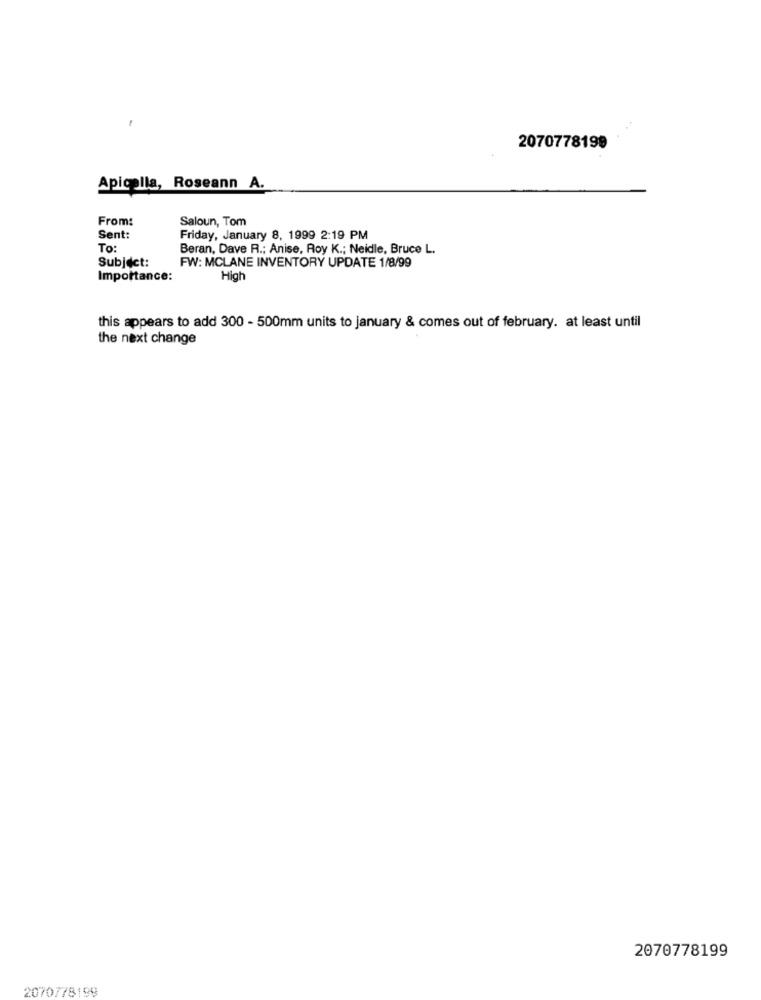
2070778199
Apicella, Roseann A.
From:
Saloun, Tom
Sent:
Friday, January 8, 1999 2:19 PM
To:
Beran, Dave R .; Anise, Roy K .; Neidle, Bruce L.
Subject:
FW: MCLANE INVENTORY UPDATE 1/8/99
Importance:
High
this appears to add 300 - 500mm units to january & comes out of february. at least until
the next change
2070778199
2070778199